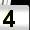
Digit: 4